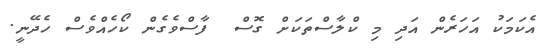
އެކަމަކު އަހަރެން އަދި މި ކްލާސްތަކަށް ގޮސް  ފާސްވެގެން ކޯހެއްވެސް ހެދޭނީ.